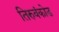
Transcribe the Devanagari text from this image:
तिरुवंकोड